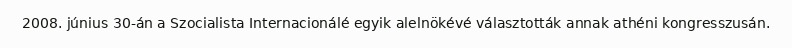
2008. június 30-án a Szocialista Internacionálé egyik alelnökévé választották annak athéni kongresszusán.